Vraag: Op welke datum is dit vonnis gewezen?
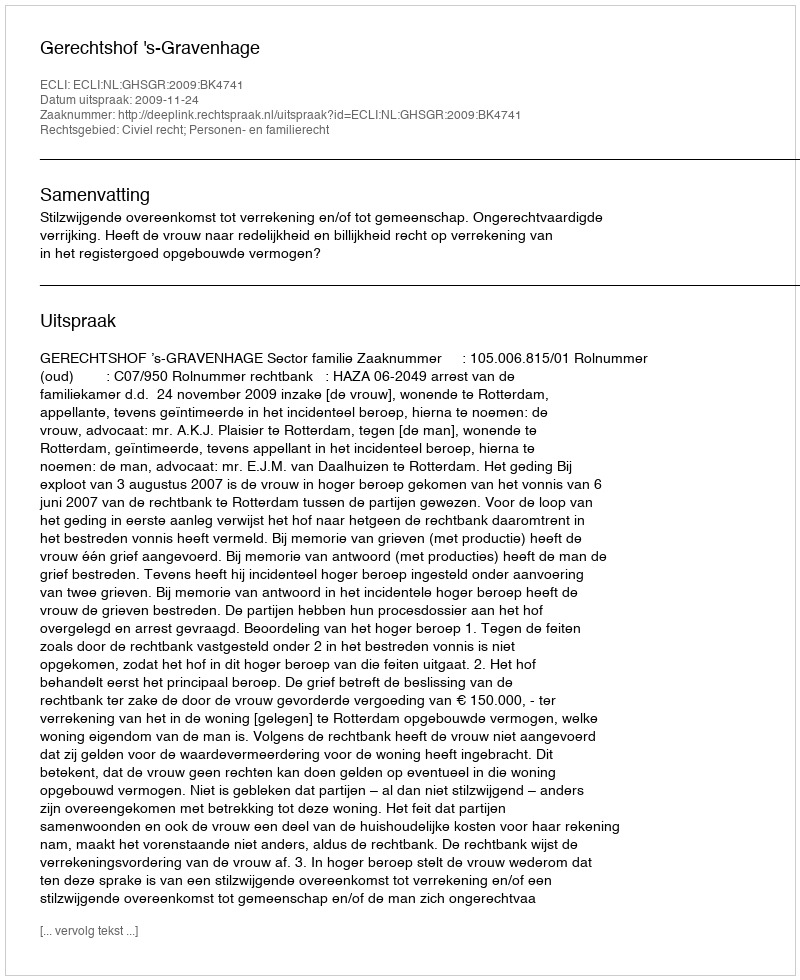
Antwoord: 2009-11-24